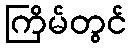
ကြိမ်တွင်